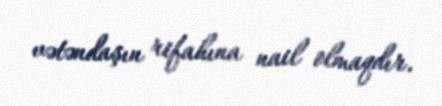
vətəndaşın rifahına nail olmaqdır.